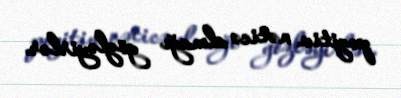
pozitiv nəticə almağı gözləyirlər.